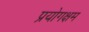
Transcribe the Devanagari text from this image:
प्रयोगक्षम